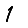
Digit: 1